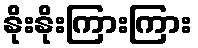
နိုးနိုးကြားကြား